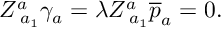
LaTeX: Z _ { \; a _ { 1 } } ^ { a } \gamma _ { a } = \lambda Z _ { \; a _ { 1 } } ^ { a } \overline { { { p } } } _ { a } = 0 .